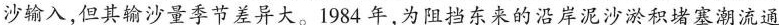
沙输入，但其输沙量季节差异大。1984年，为阻挡东来的沿岸泥沙淤积堵塞潮流通